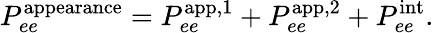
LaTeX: P_{ee}^{\mathrm{appearance}}=P_{ee}^{\mathrm{app,1}}+P_{ee}^{\mathrm{app,2}}+P_{ee}^{\mathrm{int}}.